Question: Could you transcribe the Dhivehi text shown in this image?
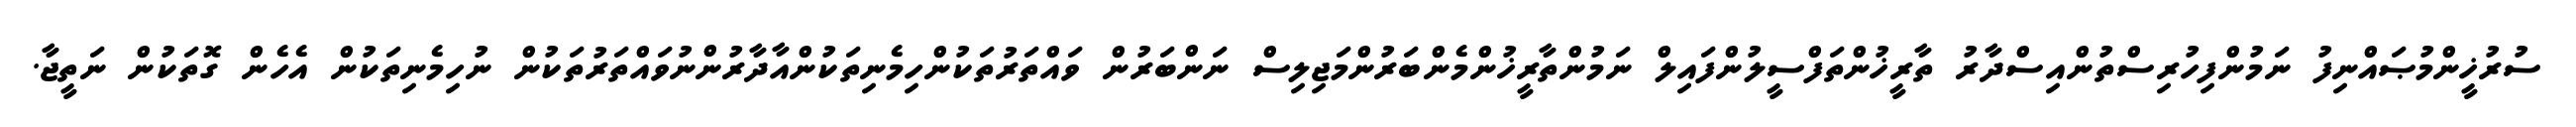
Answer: ސުރުޚީންމުޞައްނިފު ނަމުންފިހުރިސްތުންއިސްދާރު ތާރީޚުންތަފްސީލުންފައިލް ނަމުންތާރީޚުންމެންބަރުންމަޖިލިސް ނަންބަރުން ވައްތަރުތަކުންހިމެނިތަކުންއާދާރުންނުވައްތަރުތަކުން ނުހިމެނިތަކުން އެހެން ގޮތަކުން ނަތީޖާ.